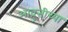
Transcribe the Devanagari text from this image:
आव्रुत्तीच्या